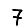
Digit: 7